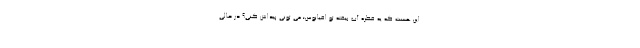
این هست که یه قطره آب بیفته تو اقیانوس؛ می تونی پیداش کنی؟ در حالی